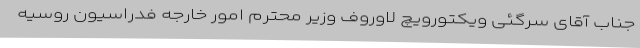
جناب آقای سرگئی ویکتورویچ لاوروف وزیر محترم امور خارجه فدراسیون روسیه